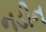
નડીન